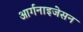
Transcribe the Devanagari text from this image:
आर्गनाइजेसन